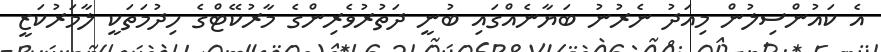
އެ ކައުންސިލުން މިއަދު ނެރުނު ބަޔާނެއްގައި ބުނީ ދަތުރުވެރިންގެ މާރުކޭޓްގެ ހިދުމަތަކީ ލާމަރުކަޒީ